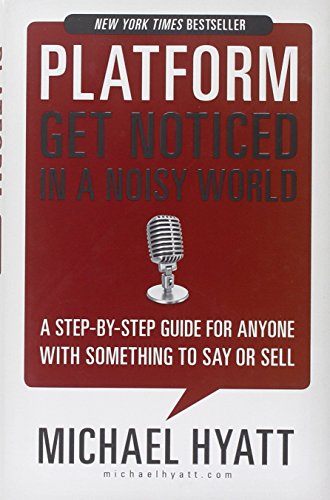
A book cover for Platform: Get Noticed in a Noisy World; Michael Hyatt; Computers & Technology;